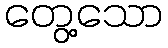
တွေ့သော